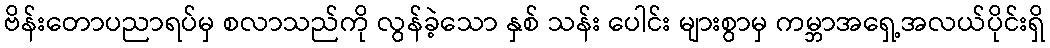
ဗိန်းတောပညာရပ်မှ စလာသည်ကို လွန်ခဲ့သော နှစ် သန်း ပေါင်း များစွာမှ ကမ္ဘာအရှေ့အလယ်ပိုင်းရှိ